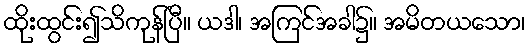
ထိုးထွင်း၍သိကုန်ပြီ။ ယဒါ၊ အကြင်အခါ၌။ အမိတယသော၊